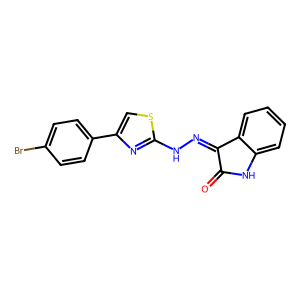
SMILES: O=C1Nc2ccccc2C1=NNc1nc(-c2ccc(Br)cc2)cs1
Inhibits HIV replication: No